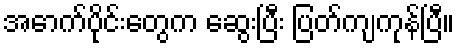
အောက်ပိုင်းတွေက ဆွေးပြီး ပြတ်ကျကုန်ပြီ။